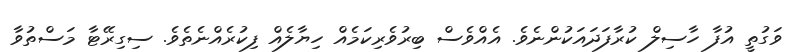
ވަގުތީ އުފާ ހާސިލް ކުރާފަދައަކުންނެވެ. އެއްވެސް ބިރުވެރިކަމެއް ހިޔާލެއް ފިކުރެއްނެތެވެ. ސިގިރޭޓާ މަސްތުވާ